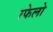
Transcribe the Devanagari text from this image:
रफेलो